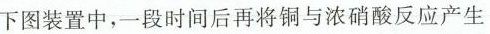
下图装置中，一段时间后再将铜与浓硝酸反应产生